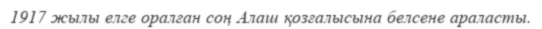
1917 жылы елге оралған соң Алаш қозғалысына белсене араласты.